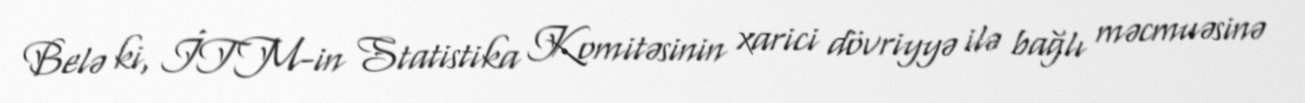
Belə ki, İTM-in Statistika Komitəsinin xarici dövriyyə ilə bağlı məcmuəsinə